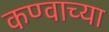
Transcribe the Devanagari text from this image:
कण्वाच्या